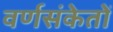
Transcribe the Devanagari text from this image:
वर्णसंकेतों